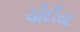
ચૌદીયા